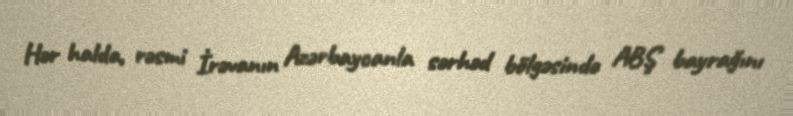
Hər halda, rəsmi İrəvanın Azərbaycanla sərhəd bölgəsində ABŞ bayrağını